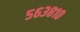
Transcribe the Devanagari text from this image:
५६३८१०